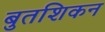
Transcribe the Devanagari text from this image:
बुतशिकन